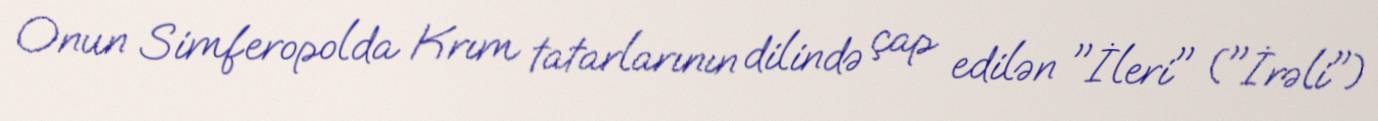
Onun Simferopolda Krım tatarlarının dilində çap edilən "İleri" ("İrəli")